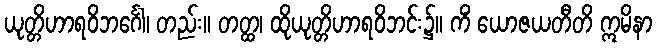
ယုတ္တိဟာရဝိဘင်္ဂေါ၊ တည်း။ တတ္ထ၊ ထိုယုတ္တိဟာရဝိဘင်း၌။ ကိံ ယောဇယတီတိ ဣမိနာ